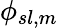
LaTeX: \phi_{sl,m}